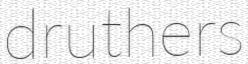
druthers